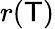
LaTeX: r(\mathsf{T})